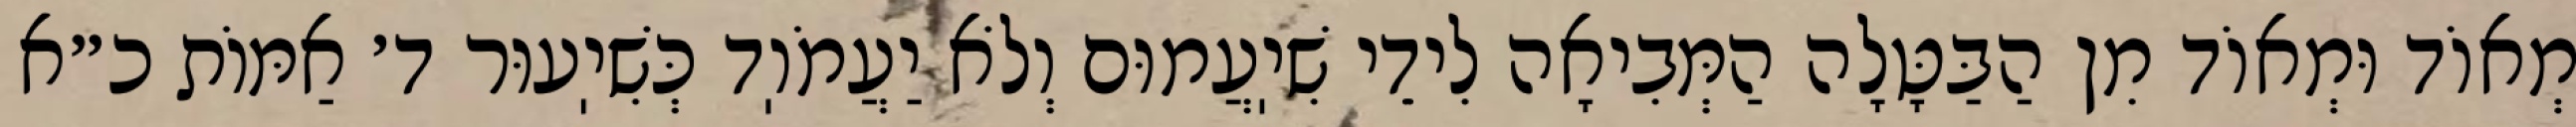
מְאוֹד וּמְאוֹד מִן הַבַּטָּלָה הַמְּבִיאָה לִידֵי שִׁיֽעֲמוּם וְלֹא יַעֲמֹוֽד כְּשִׁיֽעוּר ד׳ אַמּוֹת כ״א